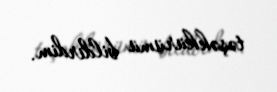
təşəkkürümü bildirdim.